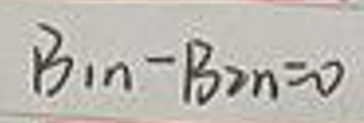
$B_{1n}-B_{2n}=0$